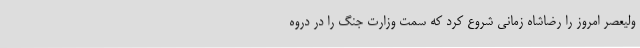
ولیعصر امروز را رضاشاه زمانی شروع کرد که سمت وزارت جنگ را در دروه